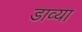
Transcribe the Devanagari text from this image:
डाव्‍या